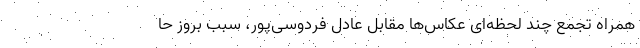
همراه تجمع چند لحظه‌ای عکاس‌ها مقابل عادل فردوسی‌پور، سبب بروز حا